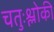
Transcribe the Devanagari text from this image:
चतुःश्लोकी